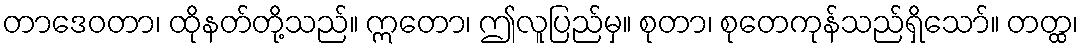
တာဒေဝတာ၊ ထိုနတ်တို့သည်။ ဣတော၊ ဤလူပြည်မှ။ စုတာ၊ စုတေကုန်သည်ရှိသော်။ တတ္ထ၊